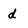
Character: d